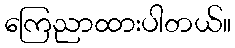
ကြေညာထားပါတယ်။